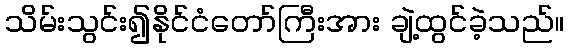
သိမ်းသွင်း၍နိုင်ငံတော်ကြီးအား ချဲ့ထွင်ခဲ့သည်။